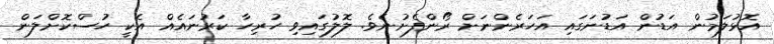
އޮޅުލަމުން އަޑުން އަޑުނަގައި އަހަރެންނަށް ރޯންފެށުނެވެ. ލޮލުގައިވި ހުރިހާ ކަރުނައެއް އެކީ ހުސްކޮށްލަން